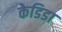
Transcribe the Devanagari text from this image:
केडिडा